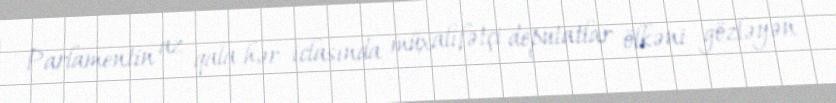
Parlamentin az qala hər iclasında müxalifətçi deputatlar ölkəni gözləyən